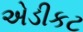
એડીકટ